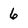
Character: 6